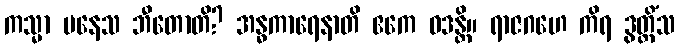
ကသ္မာ ပနေသ ဘီတောတိ? အန္ဓကာရေနာတိ ဧကေ ဝဒန္တိ။ ရာဇဂဟေ ကိရ ဒွတ္တိံသ